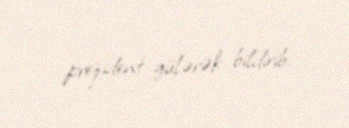
prezident gülərək bildirib.